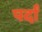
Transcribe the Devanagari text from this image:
पर्दां